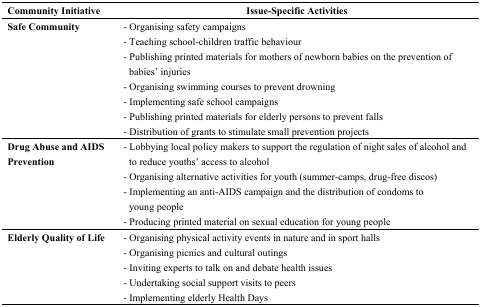
| Community Initiative | Issue-Specific Activities |
 | --- | --- |
 | Safe Community | - Organising safety campaigns- Teaching school-children traffic behaviour- Publishing printed materials for mothers of newborn babies on the prevention of babies’ injuries- Organising swimming courses to prevent drowning- Implementing safe school campaigns- Publishing printed materials for elderly persons to prevent falls- Distribution of grants to stimulate small prevention projects |
 | Drug Abuse and AIDS Prevention | - Lobbying local policy makers to support the regulation of night sales of alcohol and to reduce youths’ access to alcohol- Organising alternative activities for youth (summer-camps, drug-free discos) - Implementing an anti-AIDS campaign and the distribution of condoms to young people- Producing printed material on sexual education for young people |
 | Elderly Quality of Life | - Organising physical activity events in nature and in sport halls- Organising picnics and cultural outings- Inviting experts to talk on and debate health issues- Undertaking social support visits to peers- Implementing elderly Health Days |